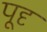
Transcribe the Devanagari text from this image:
पूदृ